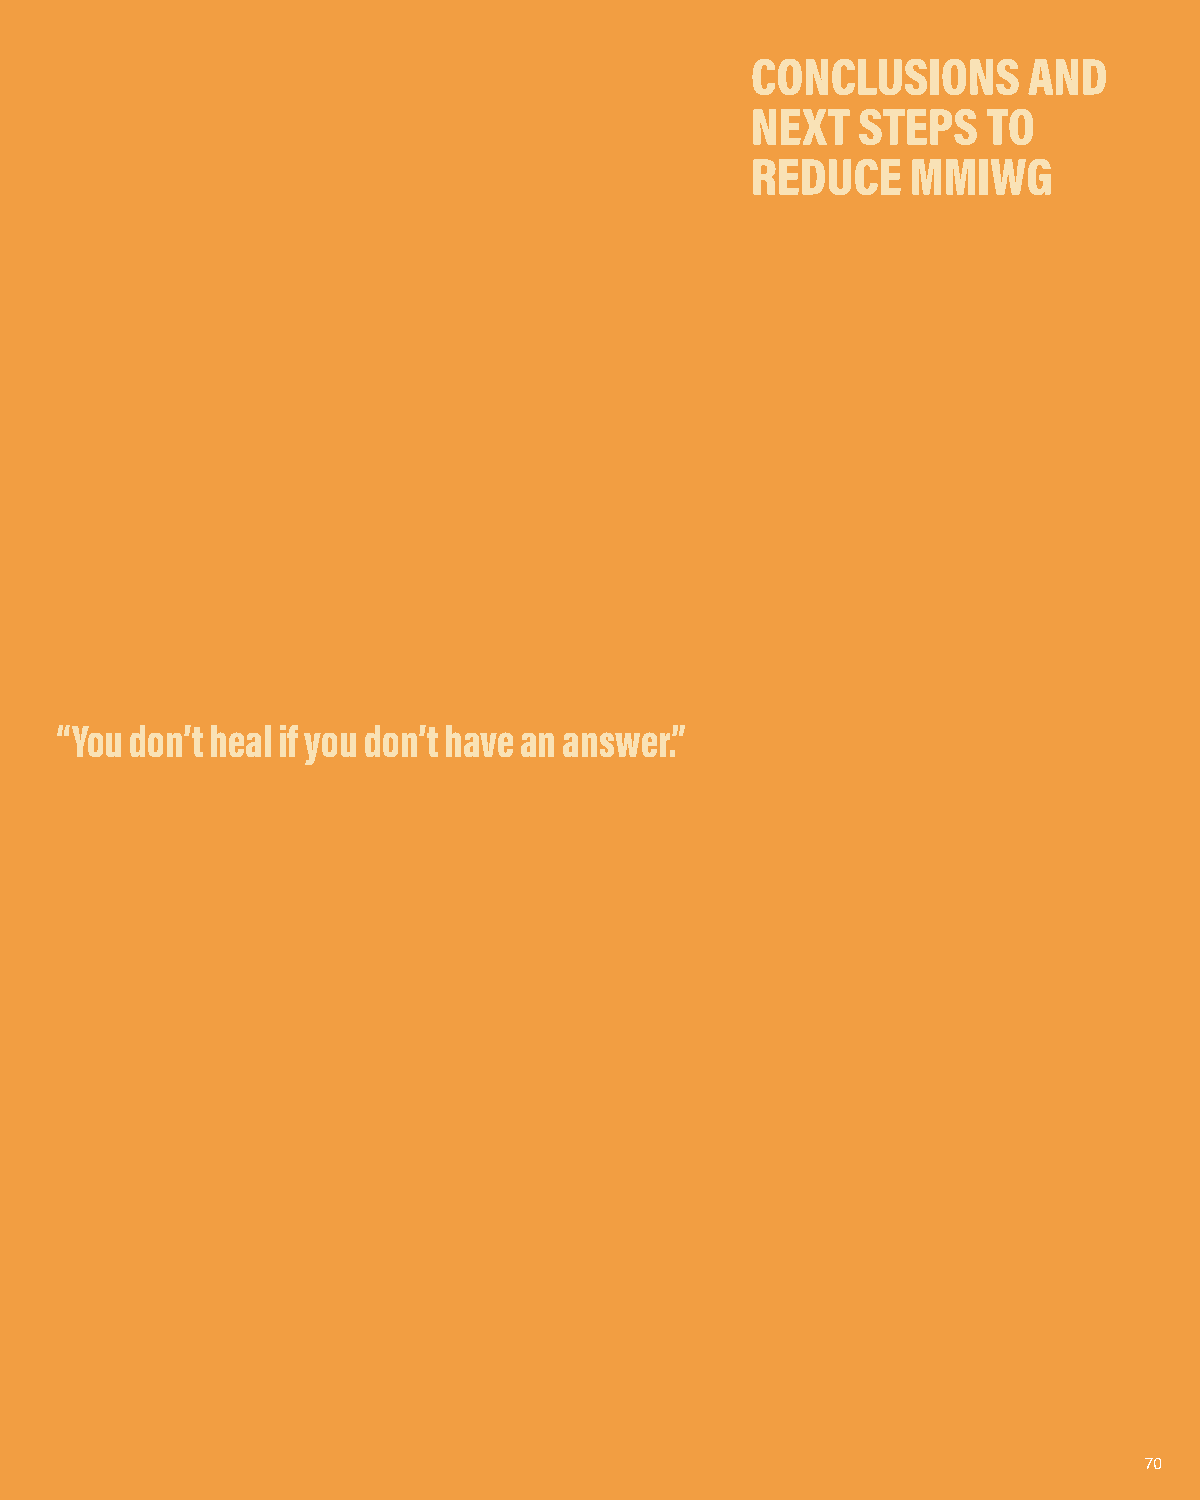
CONCLUSIONS       AND
 NEXT   STEPS   TO
 REDUCE    MMIWG
 “You don’t heal if you don’t have an answer.”
 70